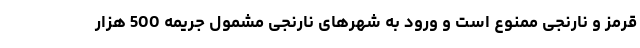
قرمز و نارنجی ممنوع است و ورود به شهرهای نارنجی مشمول جریمه 500 هزار